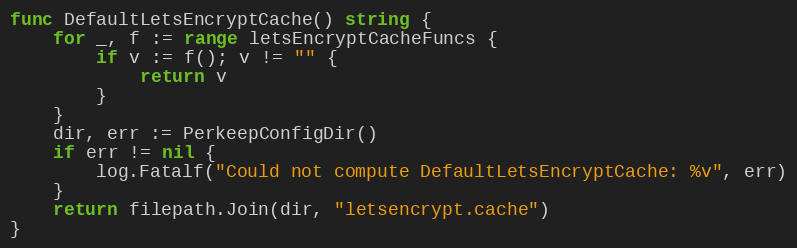
Language: Go
func DefaultLetsEncryptCache() string {
	for _, f := range letsEncryptCacheFuncs {
		if v := f(); v != "" {
			return v
		}
	}
	dir, err := PerkeepConfigDir()
	if err != nil {
		log.Fatalf("Could not compute DefaultLetsEncryptCache: %v", err)
	}
	return filepath.Join(dir, "letsencrypt.cache")
}